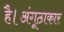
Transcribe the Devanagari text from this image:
है।अंगूठाकार